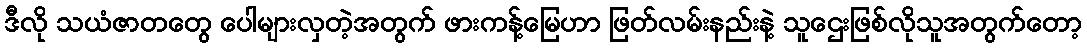
ဒီလို သယံဇာတတွေ ပေါများလှတဲ့အတွက် ဖားကန့်မြေဟာ ဖြတ်လမ်းနည်းနဲ့ သူဌေးဖြစ်လိုသူအတွက်တော့